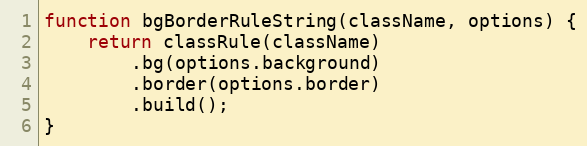
Language: JavaScript
function bgBorderRuleString(className, options) {
    return classRule(className)
        .bg(options.background)
        .border(options.border)
        .build();
}